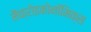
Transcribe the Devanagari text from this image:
मैक्रोइकोनॉमिक्स